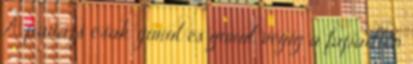
A parázs csak gurul és gurul. végig a fapadlón